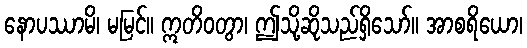
နောပဿာမိ၊ မမြင်။ ဣတိဝတွာ၊ ဤသို့ဆိုသည်ရှိသော်။ အာစရိယော၊